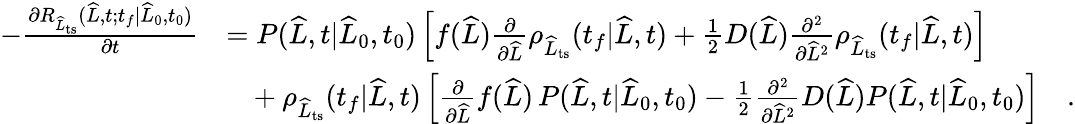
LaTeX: \begin{array}{rl}{-\frac{\partial R_{\widehat{L}_{\mathrm{ts}}}(\widehat{L},t;t_{f}|\widehat{L}_{0},t_{0})}{\partial t}}&{=P(\widehat{L},t|\widehat{L}_{0},t_{0})\left[f(\widehat{L})\frac{\partial}{\partial\widehat{L}}\rho_{\widehat{L}_{\mathrm{ts}}}(t_{f}|\widehat{L},t)+\frac{1}{2}D(\widehat{L})\frac{\partial^{2}}{\partial\widehat{L}^{2}}\rho_{\widehat{L}_{\mathrm{ts}}}(t_{f}|\widehat{L},t)\right]}\\ &{\ \ \ +\rho_{\widehat{L}_{\mathrm{ts}}}(t_{f}|\widehat{L},t)\left[\frac{\partial}{\partial\widehat{L}}f(\widehat{L})\, P(\widehat{L},t|\widehat{L}_{0},t_{0})-\frac{1}{2}\frac{\partial^{2}}{\partial\widehat{L}^{2}}D(\widehat{L})P(\widehat{L},t|\widehat{L}_{0},t_{0})\right]\quad.}\end{array}